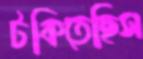
টকিতেছিস